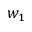
w _ { 1 }